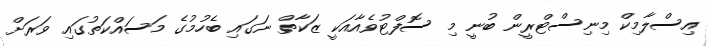
އިސްލާމިކް މިނިސްޓްރީން ބުނީ މި ސޮފްޓުވެއާއަކީ ޒަކާތް ނަގައި ބެހުމުގެ މަސައްކަތުގައި ވަރަށް